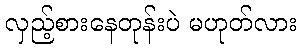
လှည့်စားနေတုန်းပဲ မဟုတ်လား